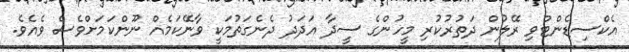
އެކްސިޑެންޓްވި ރޭލުން ދަތުރުކުރި މީހުންގެ ސީދާ އަދަދު ދެނެގަތުމަކީ ވާނޭކަމެއް ނޫންކަމަށްވެސް ވެއެވެ.